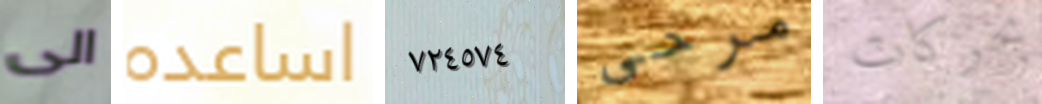
الى اساعده ٧٢٤٥٧٤ مرحى بحركات